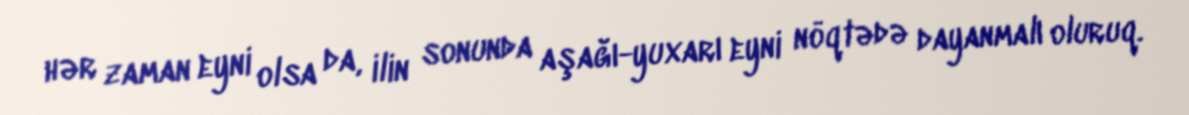
hər zaman eyni olsa da, ilin sonunda aşağı-yuxarı eyni nöqtədə dayanmalı oluruq.